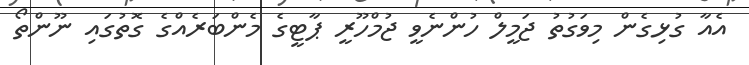
އެއާ ގުޅިގެން މިވަގުތު ޖަމީލް ހުންނެވީ ޖުމްހޫރީ ޕާޓީގެ މެންބަރެއްގެ ގޮތުގައި ނޫންތޯ